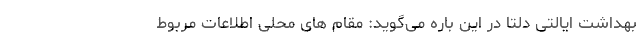
بهداشت ایالتیِ دلتا در این باره می‌گوید: مقام های محلی اطلاعات مربوط